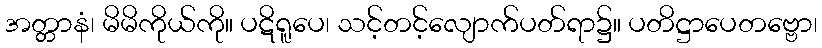
အတ္တာနံ၊ မိမိကိုယ်ကို။ ပဋိရူပေ၊ သင့်တင့်လျောက်ပတ်ရာ၌။ ပတိဋ္ဌာပေတဗ္ဗော၊